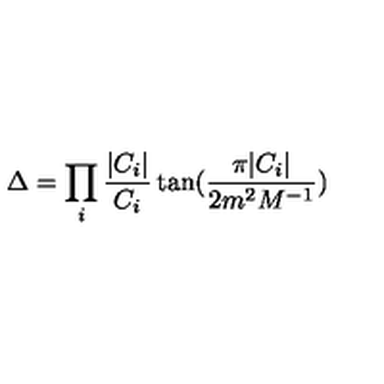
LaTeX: \Delta = \prod _ { i } \frac { | C _ { i } | } { C _ { i } } \tan ( \frac { \pi | C _ { i } | } { 2 m ^ { 2 } M ^ { - 1 } } )